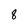
Character: 8